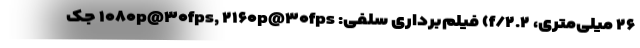
۲۶ میلی‌متری، f/۲.۲) فیلم‌برداری سلفی: ۱۰۸۰p@۳۰fps, ۲۱۶۰p@۳۰fps جک